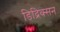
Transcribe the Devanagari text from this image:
डिद्रिक्सन